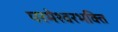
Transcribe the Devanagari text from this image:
परमेश्वरभक्ति